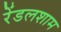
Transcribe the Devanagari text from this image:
रेंडलशाम